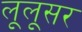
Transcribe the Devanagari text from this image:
लूलूसर